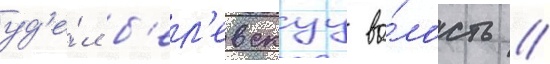
уд'е́л б'ел'евскуу во́лость //